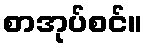
စာအုပ်စင်။